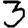
Digit: 3